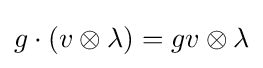
g\cdot (v\otimes \lambda )=gv\otimes \lambda